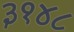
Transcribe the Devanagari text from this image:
३१४८